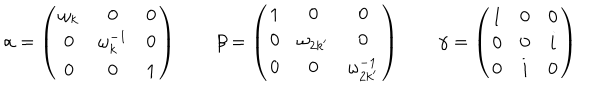
\alpha = \left( \begin{array} { c c c } { { \omega _ { k } } } & { { 0 } } & { { 0 } } \\ { { 0 } } & { { \omega _ { k } ^ { - 1 } } } & { { 0 } } \\ { { 0 } } & { { 0 } } & { { 1 } } \\ \end{array} \right) ~ ~ \beta = \left( \begin{array} { c c c } { { 1 } } & { { 0 } } & { { 0 } } \\ { { 0 } } & { { \omega _ { 2 k ^ { \prime } } } } & { { 0 } } \\ { { 0 } } & { { 0 } } & { { \omega _ { 2 k ^ { \prime } } ^ { - 1 } } } \\ \end{array} \right) ~ ~ \gamma = \left( \begin{array} { c c c } { { 1 } } & { { 0 } } & { { 0 } } \\ { { 0 } } & { { 0 } } & { { i } } \\ { { 0 } } & { { i } } & { { 0 } } \\ \end{array} \right)